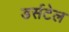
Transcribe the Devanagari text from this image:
डर्सटेल